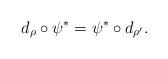
LaTeX: \begin{align*}d_{\rho}\circ\psi^{\ast}=\psi^{\ast}\circ d_{\rho^{\prime}}.\end{align*}